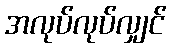
အလုပ်လုပ်လျှင်